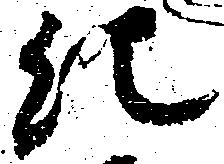
紀